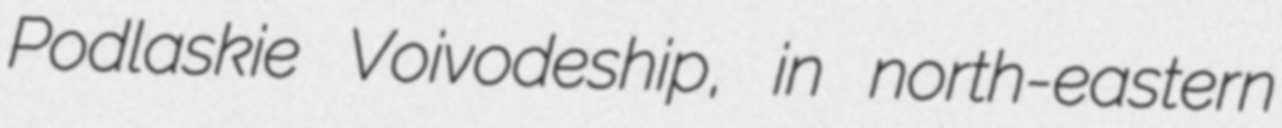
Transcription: Podlaskie Voivodeship, in north-eastern